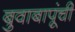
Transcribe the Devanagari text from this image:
बुवाबापूंची